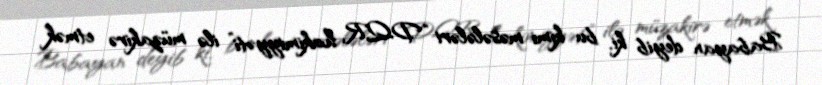
Babayan deyib ki, bu kimi məsələləri “DQR hakimiyyəti” ilə müzakirə etmək